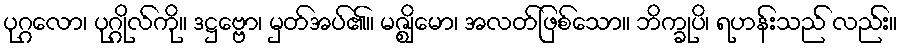
ပုဂ္ဂလော၊ ပုဂ္ဂိုလ်ကို။ ဒဋ္ဌဗ္ဗော၊ မှတ်အပ်၏။ မဇ္ဈိမော၊ အလတ်ဖြစ်သော။ ဘိက္ခုပိ၊ ရဟန်းသည် လည်း။